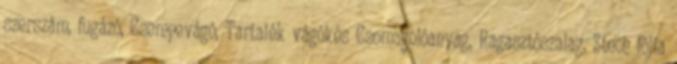
szerszám, fugázó, Csempevágó, Tartalék vágókés Csomagolóanyag, Ragasztószalag, Stech fólia